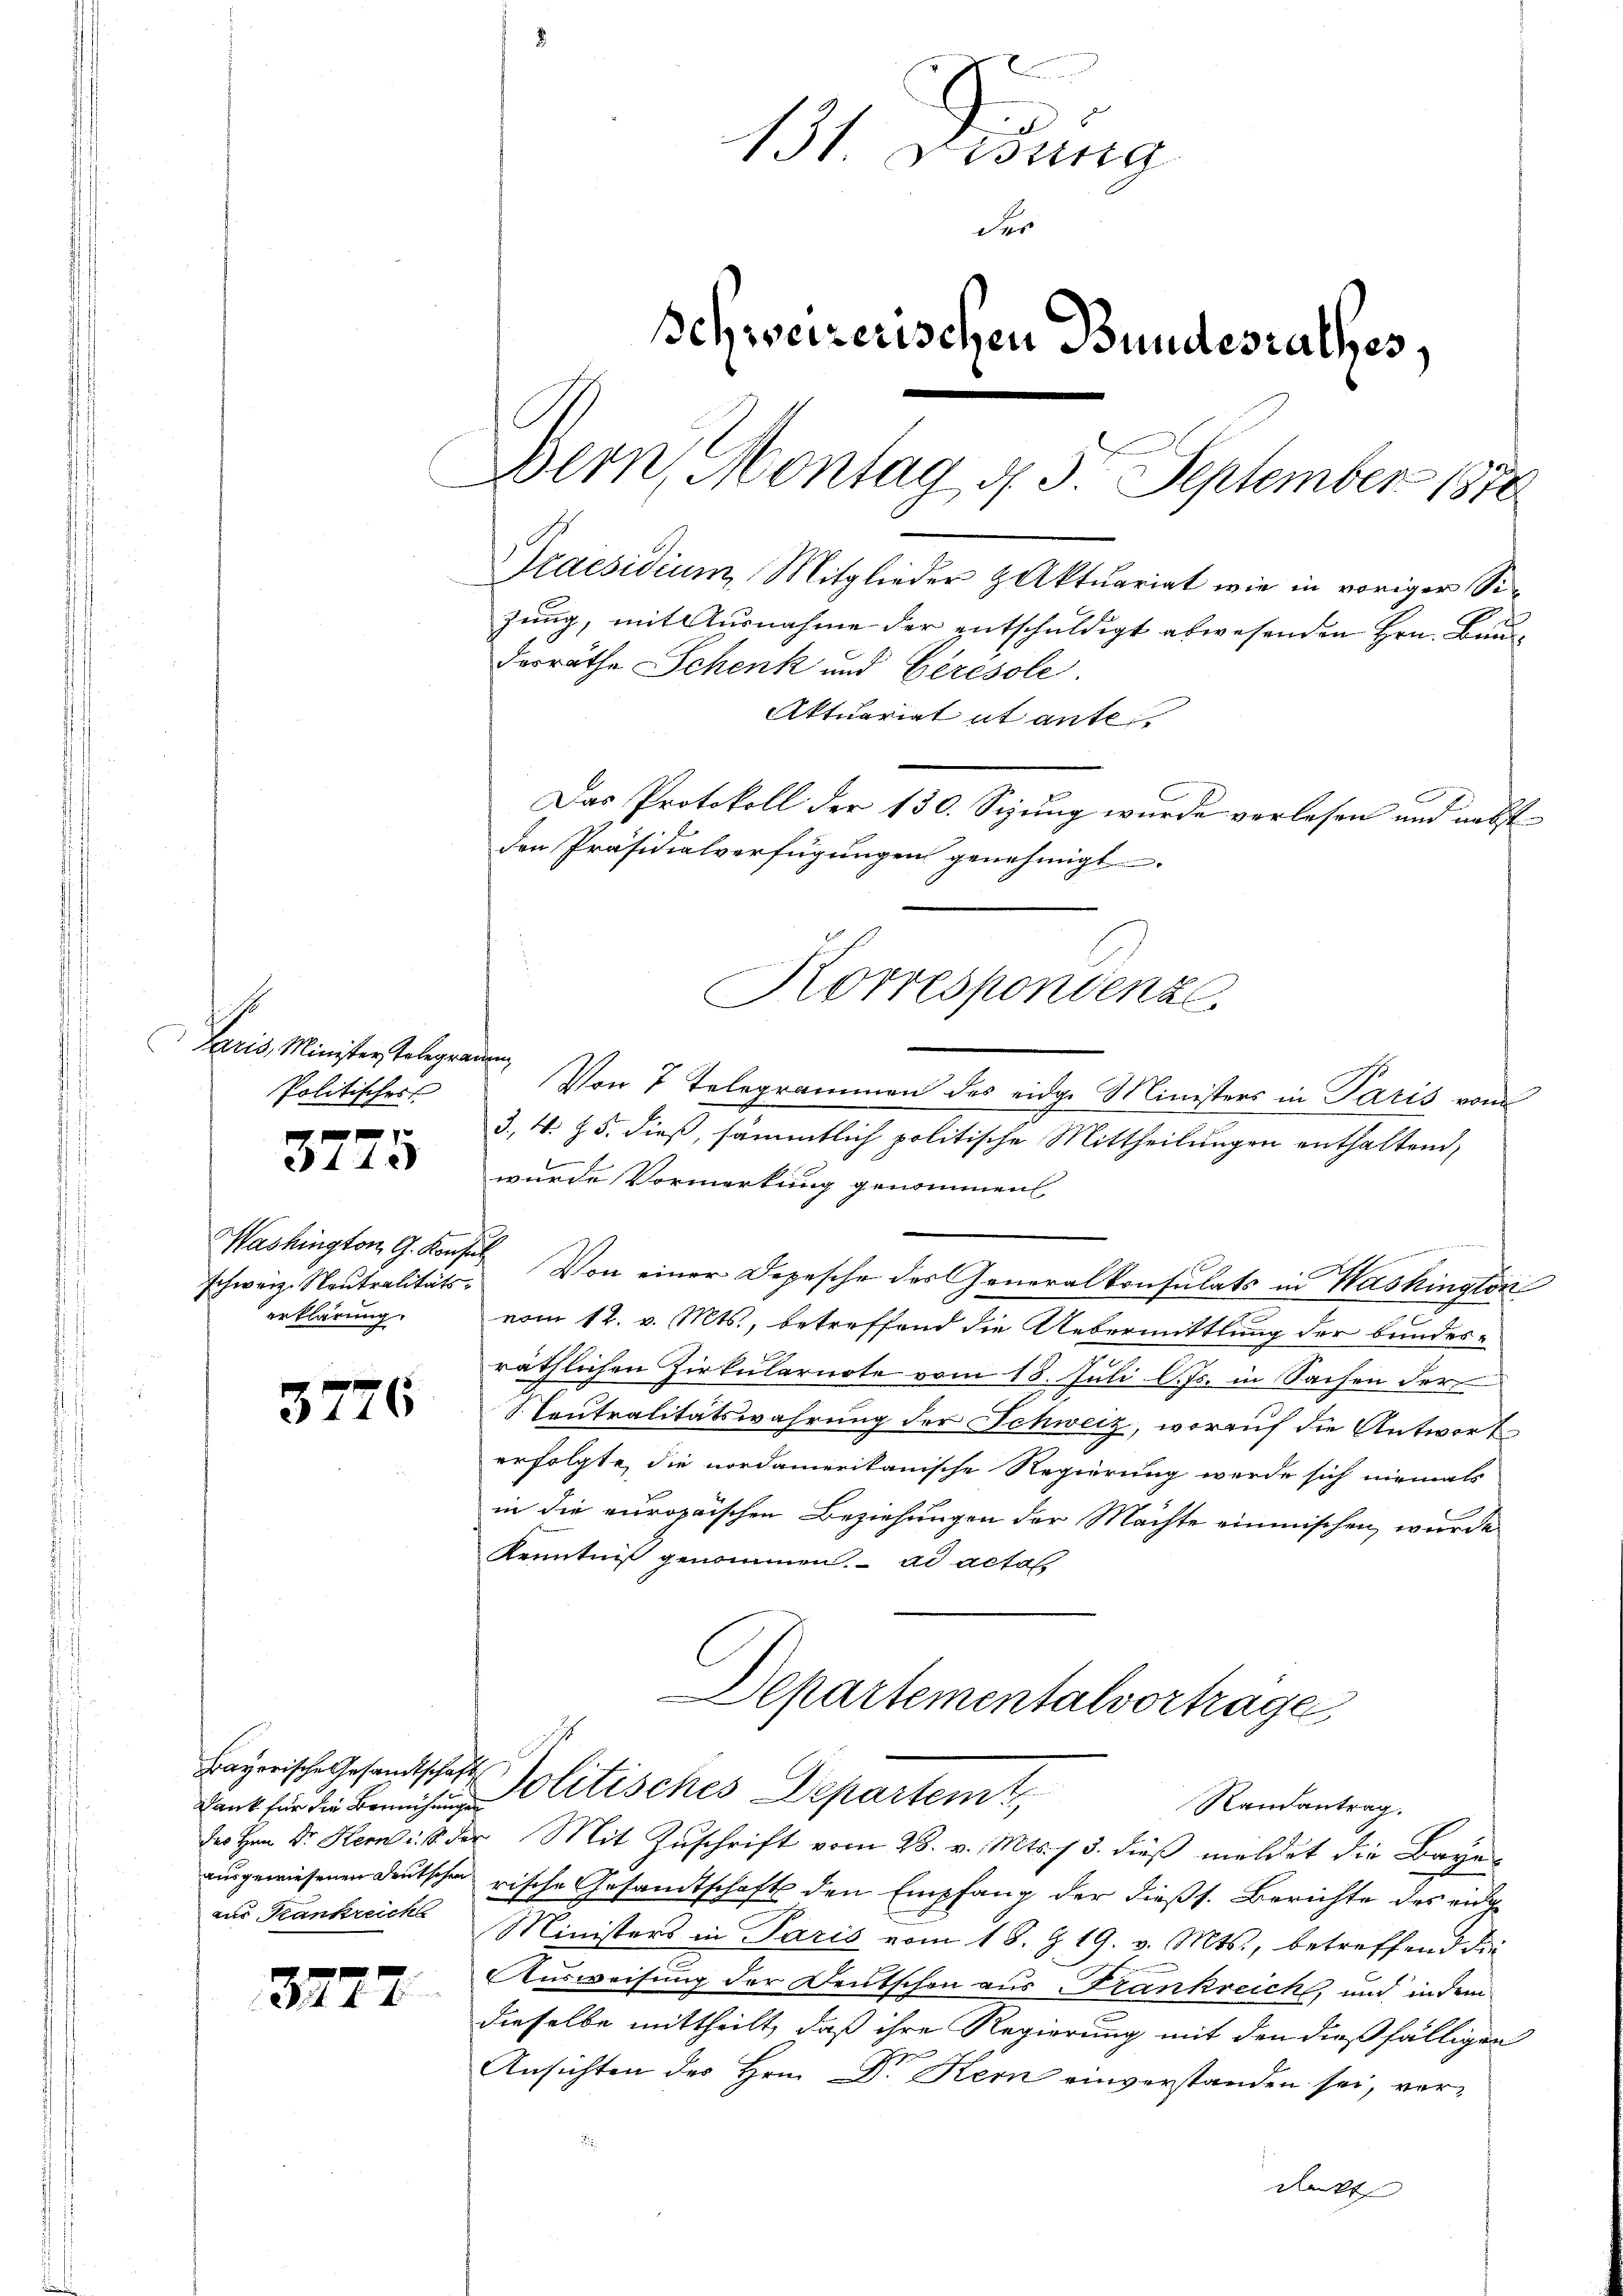
Paris, Minister Telegra¬
Politisches

1 f 0 x
442

Washington G. Konfe
erklärung.

37

Dank für die Bemühungen
aus Krankreichs

3722

76

131 Didung
der
Ichweizerischen Bundesrathes,
Bern, Montag 4. 5. September 1870
Praesidium, Mitglieder Aktuariat wie in voriger Sizung, mit Ausnahme der entschuldigt abwesenden Hrn. Brundesräthe Schenk und Gerésole
Aktuariat ut ante
Das Protokoll der 130. Sizung wurde vorlesen und nebst
den Präsidialverfügungen genehmigt.
Korrespondenze

¬

wurde Vormerkung genommen
schweiz. Neutralitäts- Von einer Depesche des Generalkonsulats in Washington
vom 12. v. Mts., betreffend die Uebermittlung der bundesräthlichen Zirkularnote vom 18. Juli l. Js. in Sachen der
SCeutralitätswahrung der Schweiz, worauf die Antwort
erfolgte, die nordamerikanische Regierung werde sich niemals
in die europaischen Beziehungen der Machte einmischen, wurde
Kenntniß genommen. ad actas
epartementalvortrage

3., N. Z. 5. dieß, sämmtlich politische Mittheilungen enthaltend,

Von 7 Telegrammen des eidg. Ministers in Paris vom

Bayerische Gesandtschaft Politisches Departemt,
Randantrag.
des Hrn. Dr. Hern i. S. der Mit Zŭschrift vom 28. v. Mts. f. 3. dieβ meldet die Baye

ausgewiesenen Deutschen rische Gesandtschaft den Empfang der dießs. Berichte des eidge
Ministers in Paris vom 18. Z. 19. v. Mts., betreffend die
Ausweisung der Deutschen aus Frankreich, und indem
dieselbe mittheilt, daß ihre Regierung mit den dießfälligen
e
Ansichten des Hrn. D. Kern einverstanden sei, verdenkt